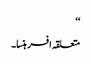
‘‘
متعلقہ افسر ہنسا۔